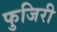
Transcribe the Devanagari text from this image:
फुजिरी